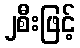
၂စီးဖြင့်